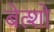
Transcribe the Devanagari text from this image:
बेत्शो